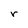
Character: r